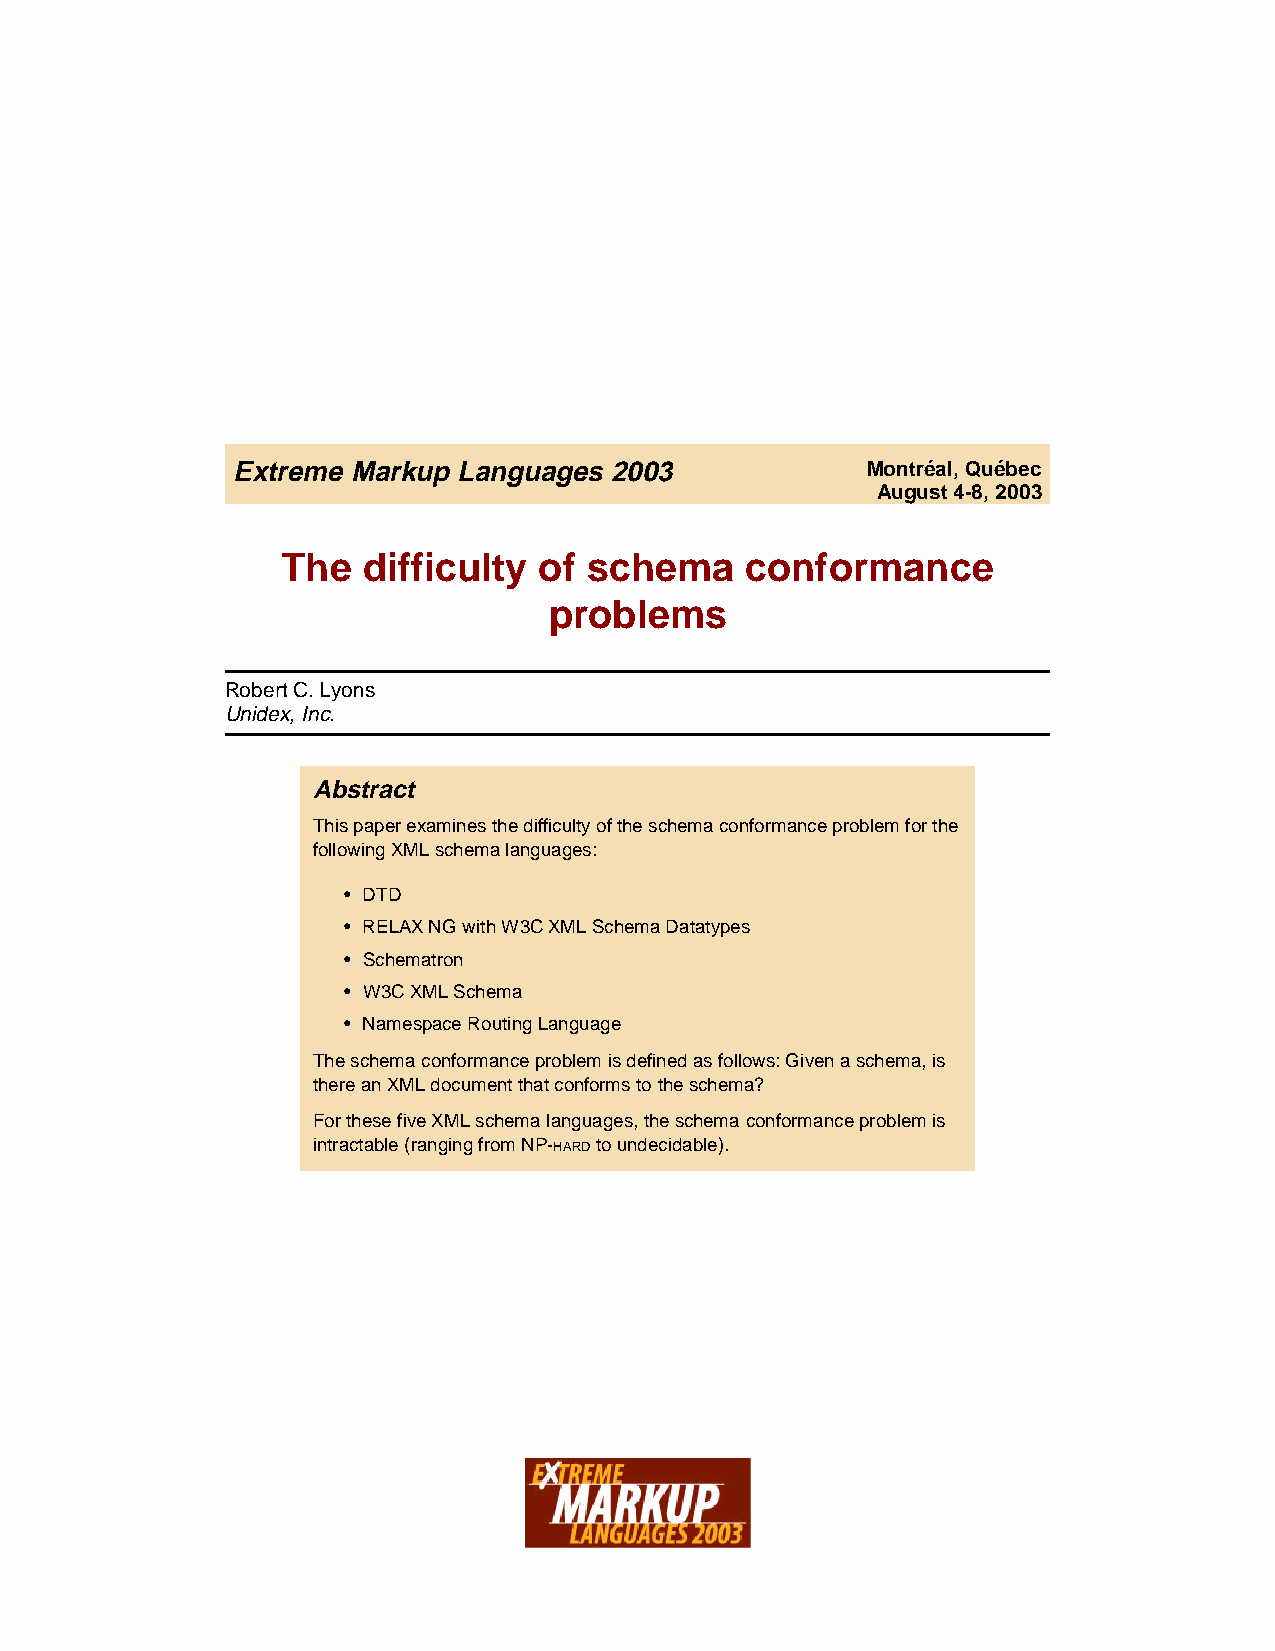
Extreme Markup Languages 2003             Montréal, Québec
 August 4-8, 2003
 The  difficulty  of schema    conformance
 problems
 Robert C.Lyons
 Unidex, Inc.
 Abstract
 This paper examines the difficulty of the schema conformance problem for the
 following XML schema languages:
 • DTD
 • RELAX NG with W3C XML Schema Datatypes
 • Schematron
 • W3C XML Schema
 • Namespace Routing Language
 The schema conformance problem is defined as follows: Given a schema, is
 there an XML document that conforms to the schema?
 For these five XML schema languages, the schema conformance problem is
 intractable (ranging from NP-HARD to undecidable).